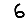
Digit: 6